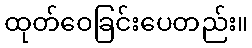
ထုတ်ဝေခြင်းပေတည်း။